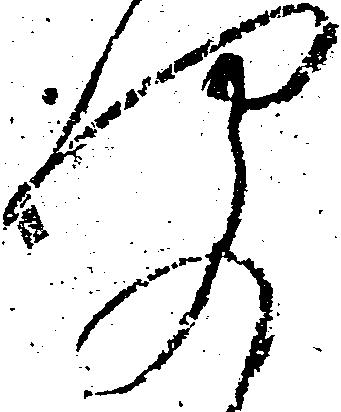
聞